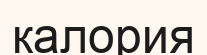
калория